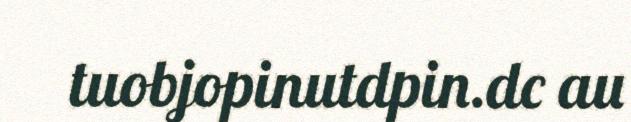
tuobjopinutdpin.dc au